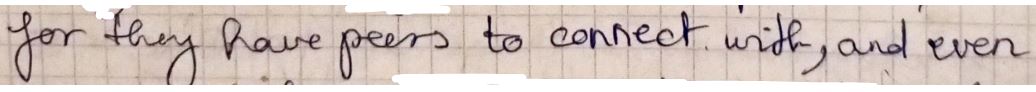
your they have peers to correct with, and even